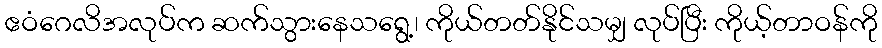
ဧဝံဂေလိအလုပ်က ဆက်သွားနေသရွေ့၊ ကိုယ်တတ်နိုင်သမျှ လုပ်ပြီး ကိုယ့်တာဝန်ကို